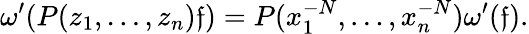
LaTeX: \omega^{\prime}(P(z_{1},\dots,z_{n})\mathfrak{f})=P(x_{1}^{-N},\dots,x_{n}^{-N})\omega^{\prime}(\mathfrak{f}).